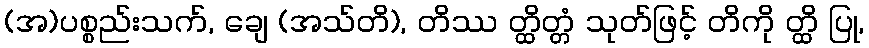
(အ)ပစ္စည်းသက်, ချေ (အသ်တိ), တိဿ တ္ထိတ္တံ သုတ်ဖြင့် တိကို တ္ထိ ပြု,